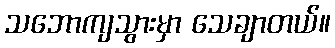
သဘောကျသွားမှာ သေချာတယ်။